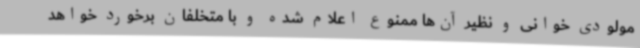
مولودی خوانی و نظیر آن‌ها ممنوع اعلام شده و با متخلفان برخورد خواهد